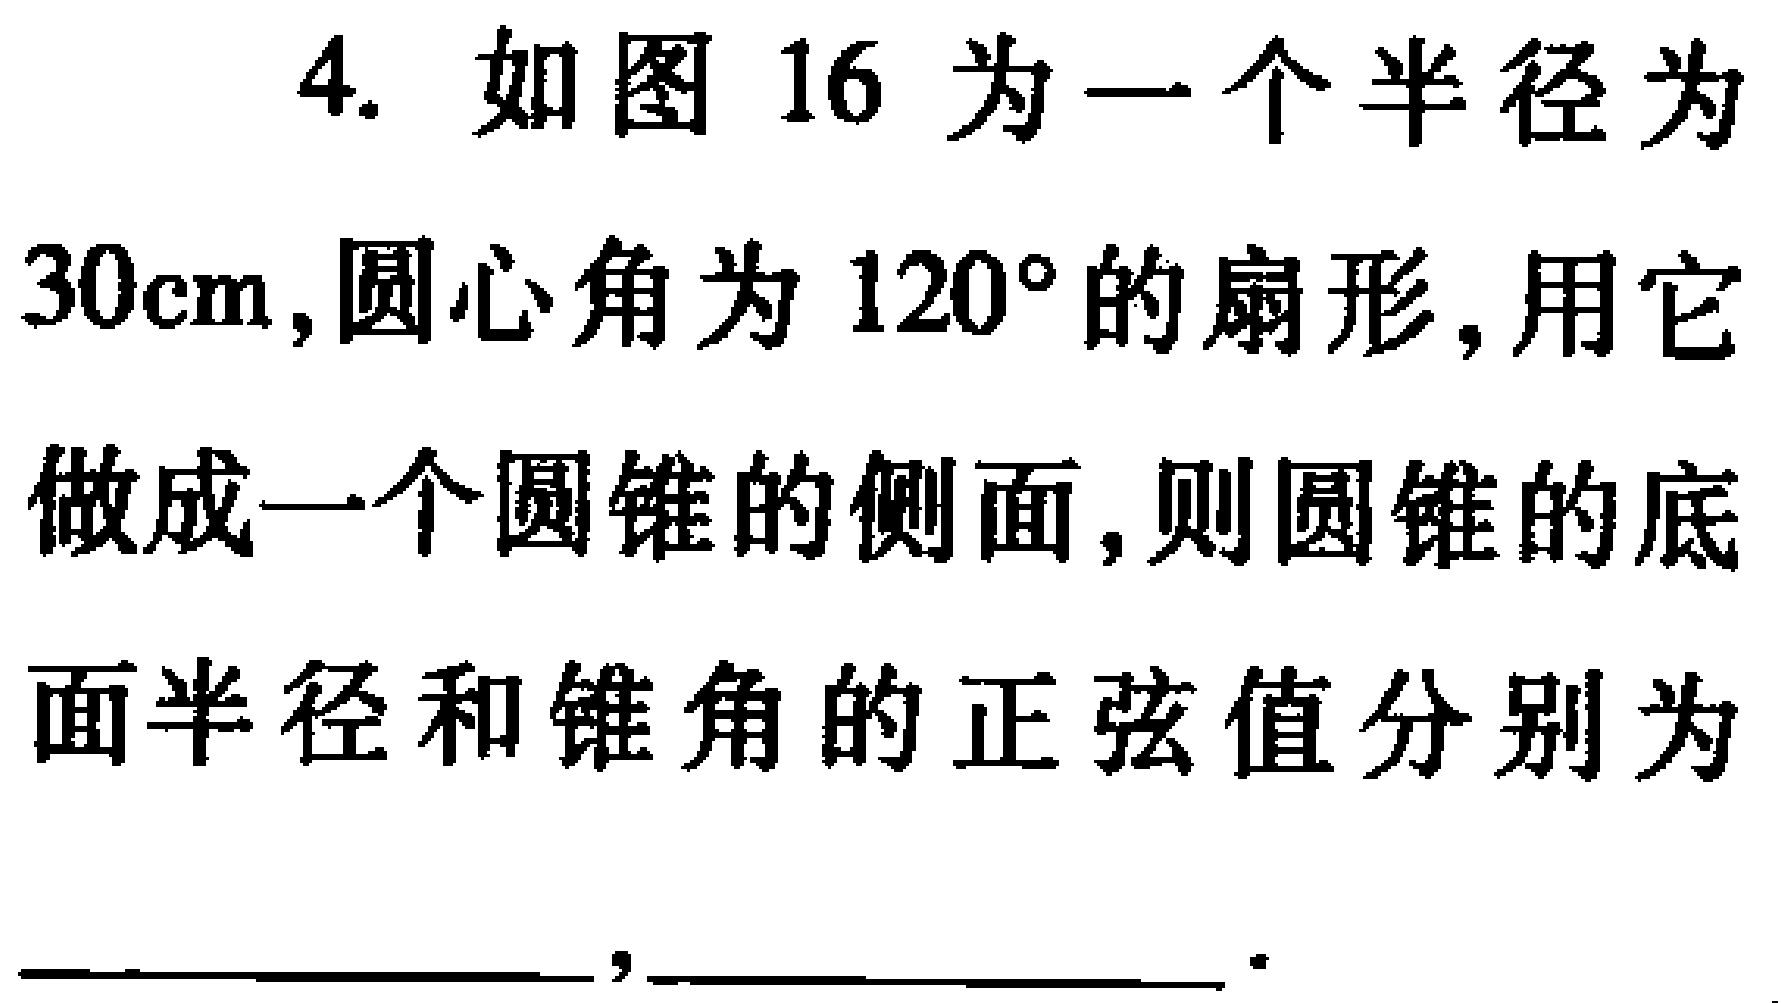
4. 如图16为一个半径为
\(30\mathrm{cm}\),圆心角为\(120^{\circ}\)的扇形,用它
做成一个圆锥的侧面,则圆锥的底
面半径和锥角的正弦值分别为
___,___.